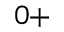
^ { 0 + }